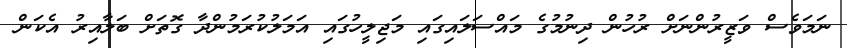
ނަމަވެސް ވަޒީރުންނަށް ރުހުން ދިނުމުގެ މައްސަލައިގައި މަޖިލީހުގައި އަމަލުކުރަމުންދާ ގޮތަށް ބަލާއިރު އެކަން